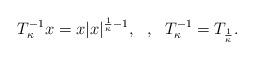
LaTeX: \begin{align*}T_{\kappa}^{-1}x = x |x|^{\frac{1}{\kappa}-1}, \ \ , \ \ T_{\kappa}^{-1} = T_{\frac{1}{\kappa}}.\end{align*}